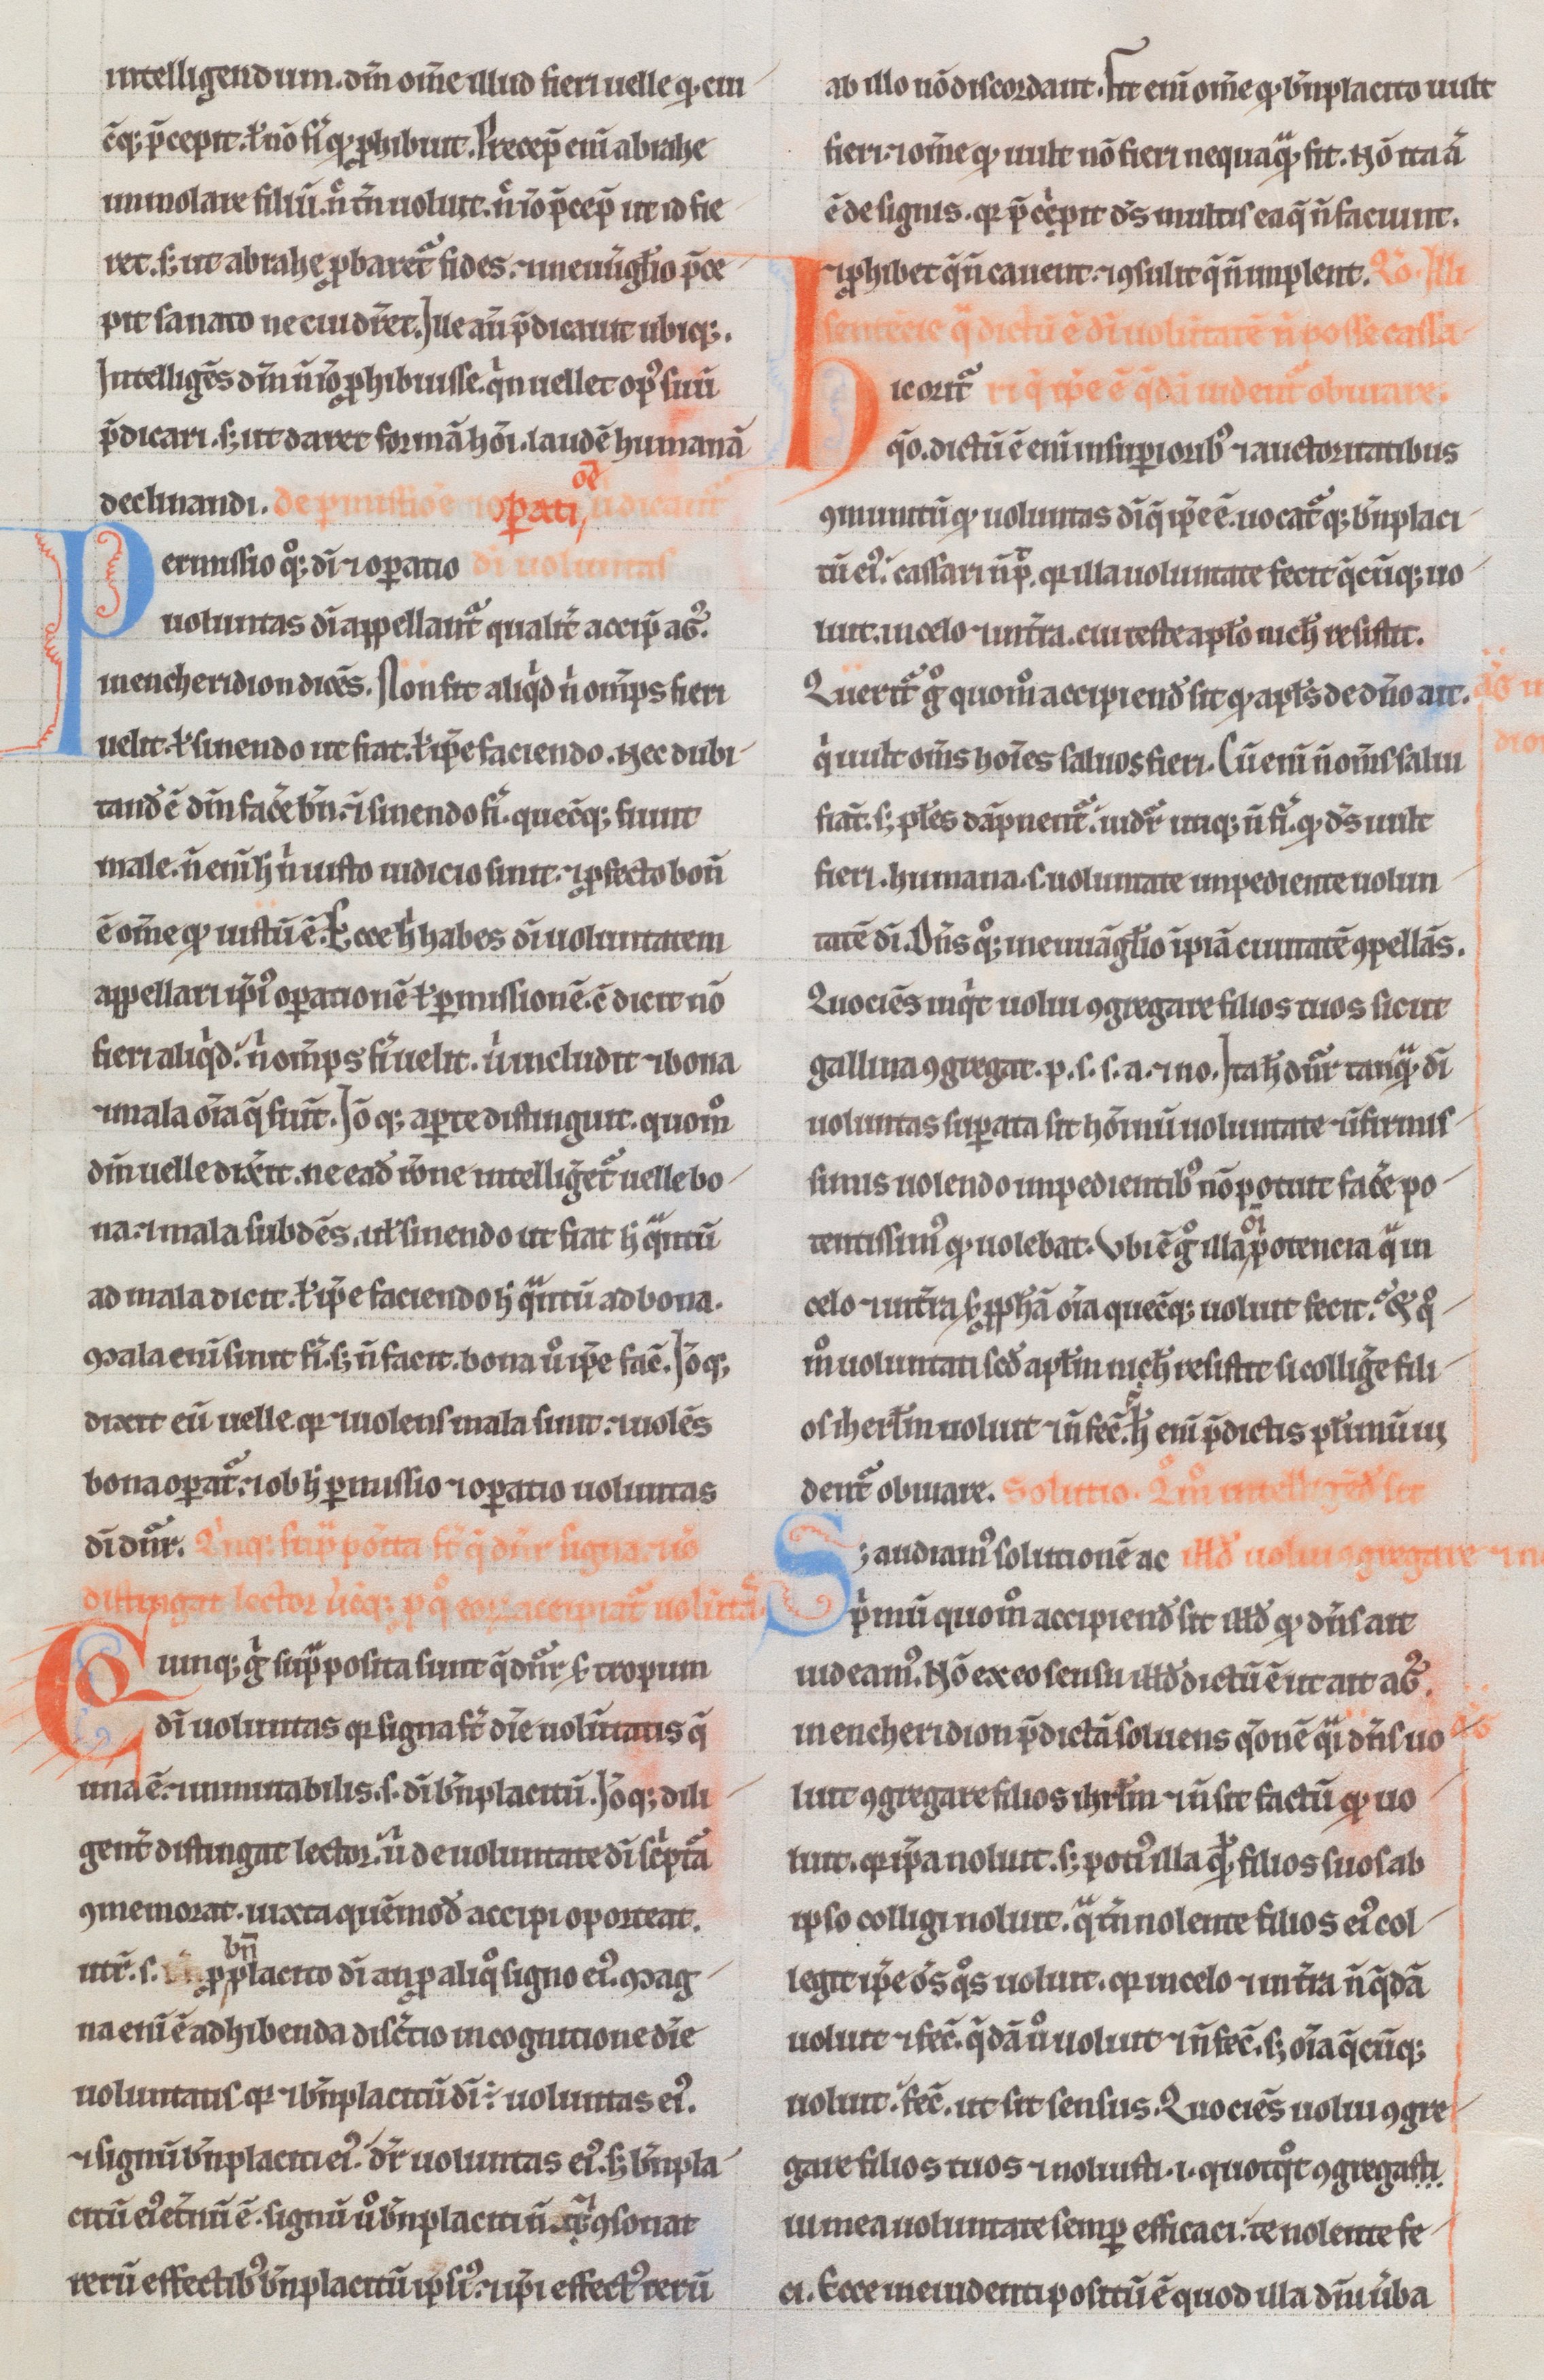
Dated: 1180–1190